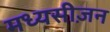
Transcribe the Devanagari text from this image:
मध्यसीज़न